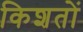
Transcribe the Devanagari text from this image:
किशतों